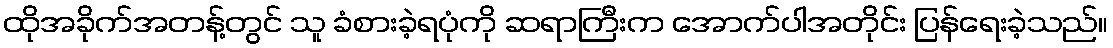
ထိုအခိုက်အတန့်တွင် သူ ခံစားခဲ့ရပုံကို ဆရာကြီးက အောက်ပါအတိုင်း ပြန်ရေးခဲ့သည်။